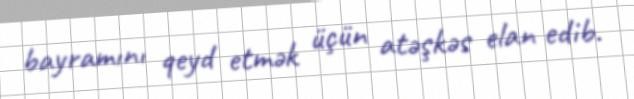
bayramını qeyd etmək üçün atəşkəs elan edib.